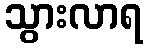
သွားလာရ